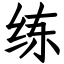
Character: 练